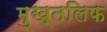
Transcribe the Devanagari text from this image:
मुख्तलिफ